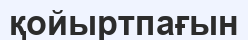
қойыртпағын